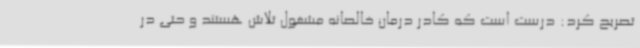
تصریح کرد: درست است که کادر درمان خالصانه مشغول تلاش هستند و حتی در